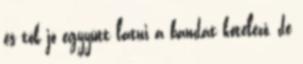
és tök jó egyyütt látni a bandát kötelező, de